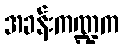
အခန်းကဏ္ဍက